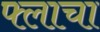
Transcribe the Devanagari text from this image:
फ्लाचा